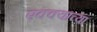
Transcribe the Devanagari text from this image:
एक्क्याच्या